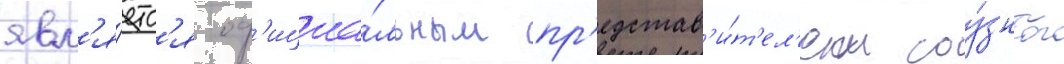
явл'я́етс'я оф'ициа́льным пр'едстав'и́т'ел'ем соу́зного